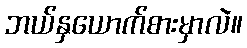
ဘယ်နှယောက်စားမှာလဲ။